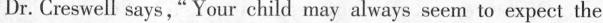
Dr. Creswell says,“ Your child may always seem to expect the